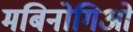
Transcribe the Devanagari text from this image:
मबिनोगिओं